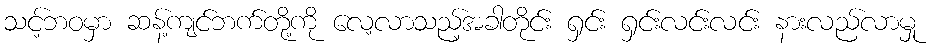
သင့်ဘဝမှာ ဆန့်ကျင်ဘက်တို့ကို လေ့လာသည့်အခါတိုင်း ရှင်း ရှင်းလင်းလင်း နားလည်လာမှု